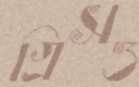
গ্রিসও